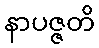
နာပဇ္ဇတိ